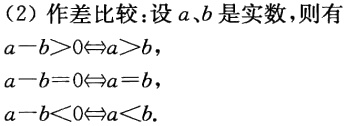
（2）作差比较：设\(a、b\)是实数，则有
\(a - b>0\Leftrightarrow a>b\)，
\(a - b = 0\Leftrightarrow a = b\)，
\(a - b<0\Leftrightarrow a<b\).